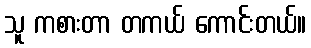
သူ ကစားတာ တကယ် ကောင်းတယ်။